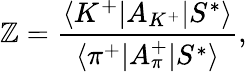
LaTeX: \mathbb{Z}={\frac{{\langle{K^{+}|A_{K^{+}}|S^{*}}\rangle}}{{\langle{\pi^{+}|A_{\pi}^{+}|S^{*}}\rangle}}},\,